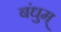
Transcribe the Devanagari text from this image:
बंधुम्